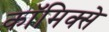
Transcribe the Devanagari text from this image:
काॅमिक्से